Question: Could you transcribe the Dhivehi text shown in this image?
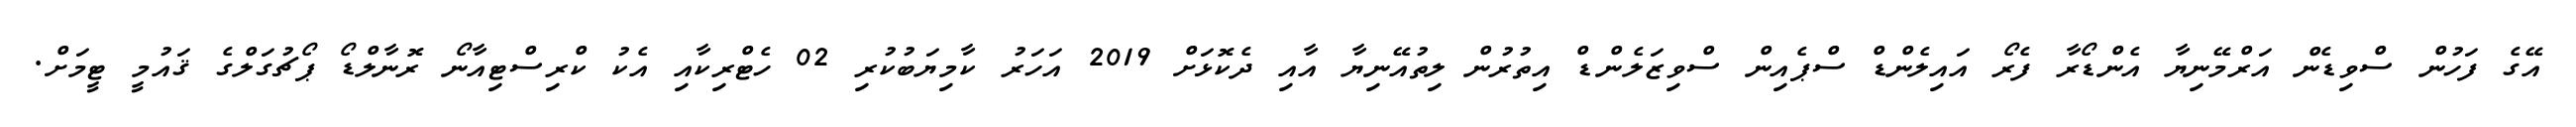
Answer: އޭގެ ފަހުން ސްވިޑެން އަރްމޭނިޔާ އެންޑޯރާ ފެރޯ އައިލެންޑް ސްޕެއިން ސްވިޒަލެންޑް އިތުރުން ލިތުއޭނިޔާ އާއި ދެކޮޅަށް 2019 އަހަރު ކާމިޔަބުކުރި 02 ހެޓްރިކާއި އެކު ކްރިސްޓިއާނޯ ރޮނާލްޑޯ ޕޯޗުގަލްގެ ޤައުމީ ޓީމަށް.